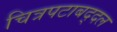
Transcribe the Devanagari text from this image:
चित्रपटाबद्दल